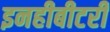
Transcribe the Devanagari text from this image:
इनहीबीटरी